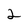
Character: 2